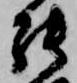
罷